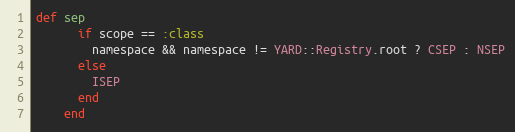
Language: Ruby
def sep
      if scope == :class
        namespace && namespace != YARD::Registry.root ? CSEP : NSEP
      else
        ISEP
      end
    end